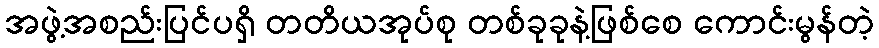
အဖွဲ့အစည်းပြင်ပရှိ တတိယအုပ်စု တစ်ခုခုနဲ့ဖြစ်စေ ကောင်းမွန်တဲ့